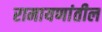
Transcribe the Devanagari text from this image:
रामायणांतील